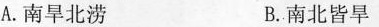
A.南旱北涝 B.南北皆旱